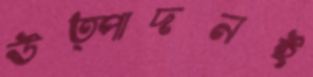
উত্পাদনই